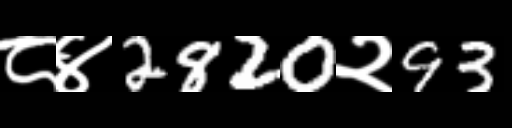
Text: ८४2820२93